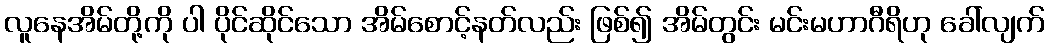
လူနေအိမ်တို့ကို ပါ ပိုင်ဆိုင်သော အိမ်စောင့်နတ်လည်း ဖြစ်၍ အိမ်တွင်း မင်းမဟာဂီရိဟု ခေါ်လျက်